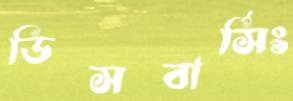
ডিসবার্সিং